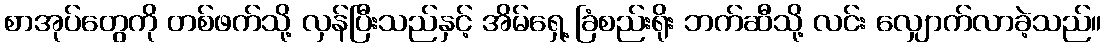
စာအုပ်တွေကို တစ်ဖက်သို့ လှန်ပြီးသည်နှင့် အိမ်ရှေ့ ခြံစည်းရိုး ဘက်ဆီသို့ လင်း လျှောက်လာခဲ့သည်။